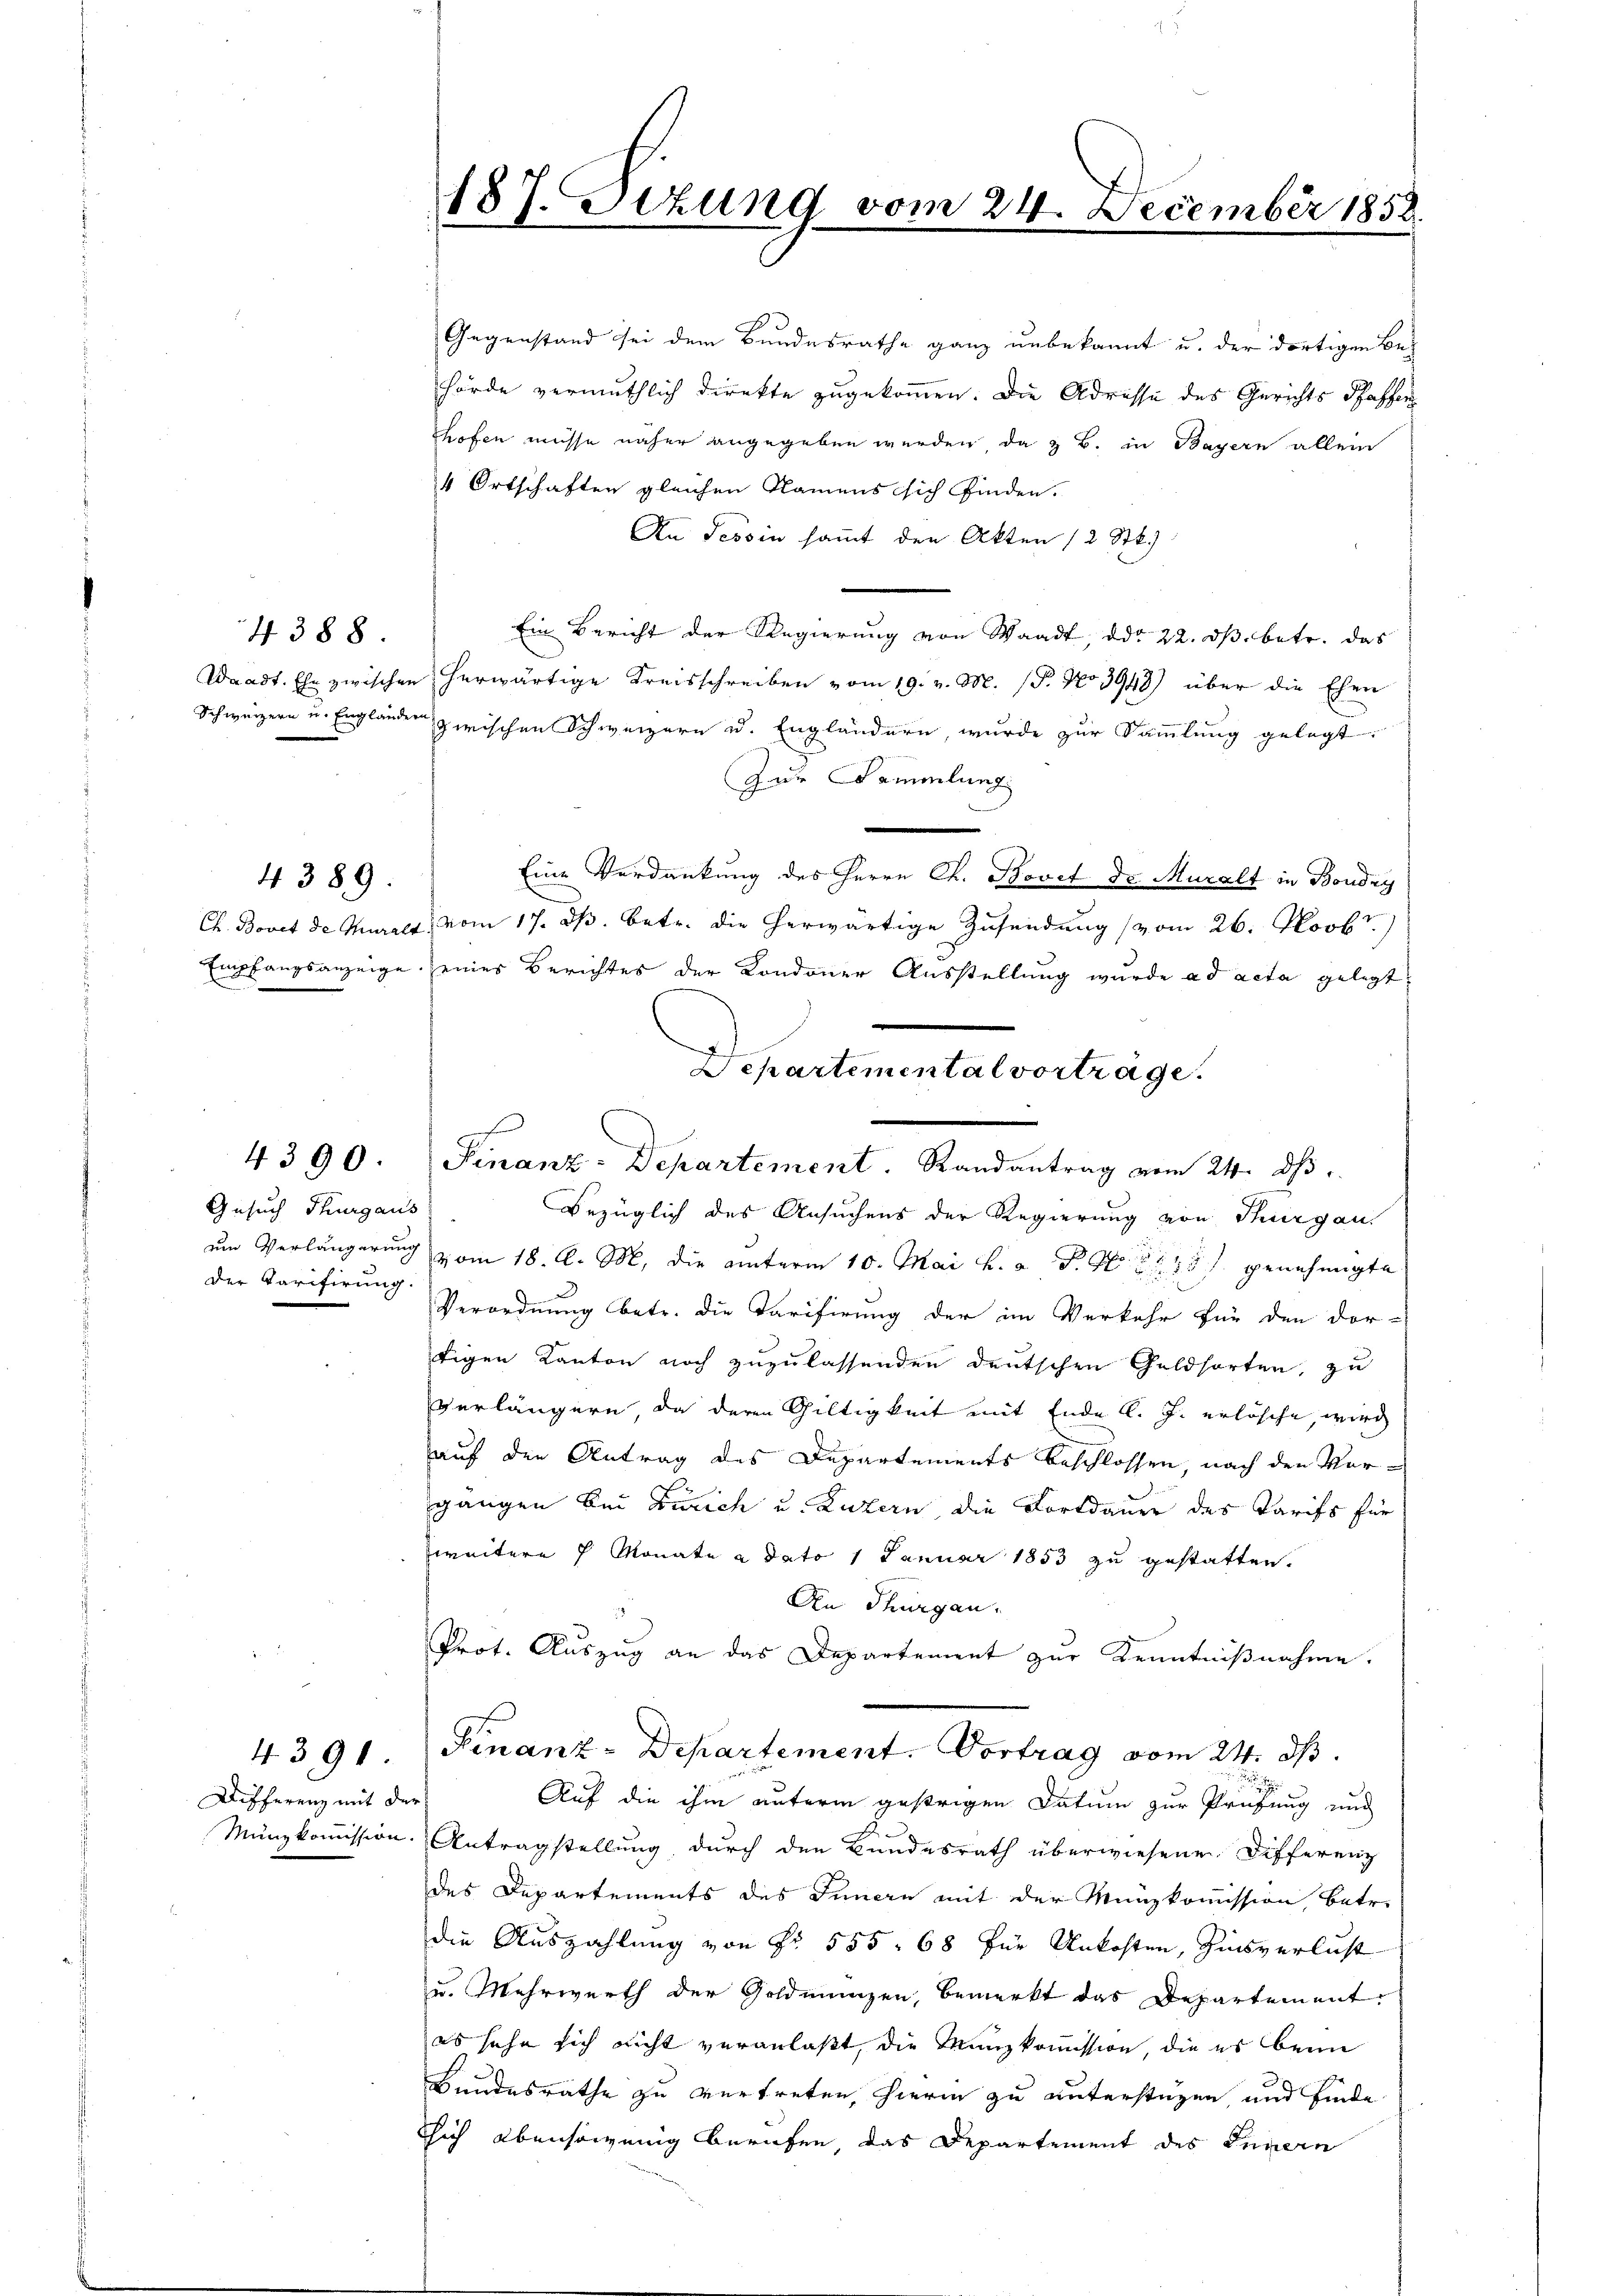
4388.

4 389.

4390

Gesuch Thurgaus
der Varifirung.

Differenz mit der

Gegenstand sei dem Bundesrathe ganz unbekannt u. der dortigen Behörde vermuthlich direkte zugekommen. Die Adresse des Gerichts Pfaffen
hofen müsse näher angegeben werden, da z. B. in Bayern allein
4 Ortschaften gleichen Namens sich finden.
An Tessin sammt den Akten 12 Stk.)
Ein Bericht der Regierung von Waadt, ddo 22. ds. betr. das
Waadt. Ehe zwischen herwärtige Kreisschreiben vom 19. v. M. (T. No 3948) über die Ehen
Schweizern u. Engländen zwischen Schweizern u. Engländern, wurde zur Sammlung gelegt.
Zur Sammlung
Eine Verdankung des Herrn Ch. Bovet de Muralt in Boudry
Ch. Bovet de Churalt, vom 17. ds. betr. die herwärtige Zusendung (vom 26. Novbr.
Empfangsanzeige seines Berichtes der Kondoner Ausstellung wurde ad acta gelegt,
Bezüglich des Ansuchens der Regierung von Thurgau
um Verlängerung vom 18. d. M, die unterm 10. Mai h. a. P. Nr. 175 f. genehmigte
Verordnung betr. die Tarifirung der im Verkehr für den dor-
tigen Kanton noch zuzulassenden deutschen Geldsorten, zu
verlängern, da deren Gültigkeit mit Ende l. J. erlösche, wird
auf den Antrag des Departements beschlossen, nach den Vorgangen bei Zürich u. Luzern, die Fortdauer des Tarifs für
weitere 4 Monate a dato 1 Januar 1853 zu gestatten.
An Thurgau.
Prot. Auszug an das Departement zur Kenntnißnahme.
4391. Finanz-Departement. Vortrag vom 24. ds.
Auf die ihm unterm gestrigen Datum zur Prüfung und
Münzkommission. Antragstellung durch den Bundesrath überwiesene Differenz
des Departements des Innern mit der Münzkommission, betr.
die Auszahlung von Nr. 555. 68 für Unkosten, Zinsverlust
u. Mehrwerth der Goldmungen, bemerkt das Departement
es sehe sich nicht veranlaßt, die Manzkommission, die es beim
Bundesrathe zu vertreten, hierin zu unterstüzen, und finde
ich ebensowenig berufen, das Departement des Innern

187. Sizung vom 24. December 1858.

e

Departemental vortrage.
Finanz-Departement. Randantrag vom 24. ds